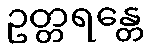
ဥတ္တရန္တေ